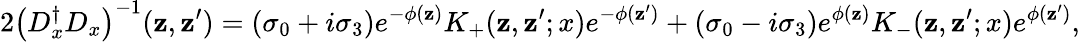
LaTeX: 2\left(D_{x}^{\dagger}D_{x}\right)^{-1}(\mathbf{z},\mathbf{z}^{\prime})=(\sigma_{0}+i\sigma_{3})e^{-\phi(\mathbf{z})}K_{+}(\mathbf{z},\mathbf{z}^{\prime};x)e^{-\phi(\mathbf{z}^{\prime})}+(\sigma_{0}-i\sigma_{3})e^{\phi(\mathbf{z})}K_{-}(\mathbf{z},\mathbf{z}^{\prime};x)e^{\phi(\mathbf{z}^{\prime})},